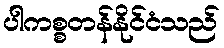
ပါကစ္စတန်နိုင်ငံသည်